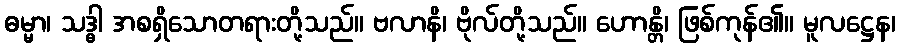
ဓမ္မာ၊ သဒ္ဓါ အစရှိသောတရားတို့သည်။ ဗလာနိ၊ ဗိုလ်တို့သည်။ ဟောန္တိ၊ ဖြစ်ကုန်၏။ မူလဋ္ဌေန၊